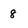
Character: 8